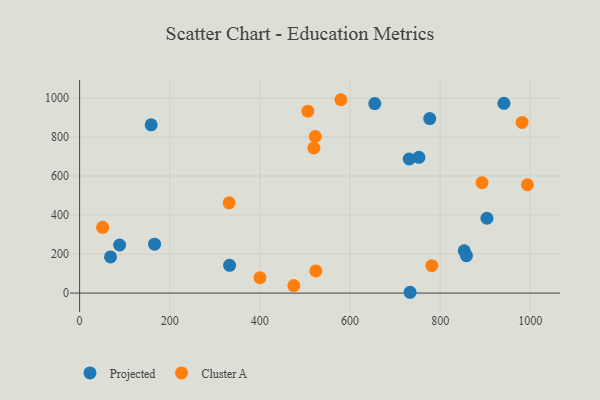
{"axis": {"x": "Study Hours", "y": "Yield"}, "legend": ["Cluster A", "Projected"], "data": [{"x": "903.9", "y": 383.6, "type": "Projected"}, {"x": "166.4", "y": 250.7, "type": "Projected"}, {"x": "332.8", "y": 142.2, "type": "Projected"}, {"x": "941.6", "y": 972.4, "type": "Projected"}, {"x": "776.9", "y": 894.7, "type": "Projected"}, {"x": "853.5", "y": 216.6, "type": "Projected"}, {"x": "655.0", "y": 971.5, "type": "Projected"}, {"x": "158.8", "y": 862.7, "type": "Projected"}, {"x": "733.4", "y": 4.2, "type": "Projected"}, {"x": "88.8", "y": 246.6, "type": "Projected"}, {"x": "858.4", "y": 191.7, "type": "Projected"}, {"x": "731.4", "y": 687.2, "type": "Projected"}, {"x": "68.6", "y": 185.6, "type": "Projected"}, {"x": "752.9", "y": 696.0, "type": "Projected"}, {"x": "524.1", "y": 113.8, "type": "Cluster A"}, {"x": "522.9", "y": 802.5, "type": "Cluster A"}, {"x": "981.9", "y": 875.0, "type": "Cluster A"}, {"x": "51.1", "y": 337.2, "type": "Cluster A"}, {"x": "400.3", "y": 79.2, "type": "Cluster A"}, {"x": "893.0", "y": 565.8, "type": "Cluster A"}, {"x": "475.4", "y": 38.4, "type": "Cluster A"}, {"x": "781.6", "y": 140.3, "type": "Cluster A"}, {"x": "331.8", "y": 462.7, "type": "Cluster A"}, {"x": "579.8", "y": 991.1, "type": "Cluster A"}, {"x": "993.6", "y": 555.2, "type": "Cluster A"}, {"x": "519.9", "y": 743.7, "type": "Cluster A"}, {"x": "506.5", "y": 932.3, "type": "Cluster A"}]}